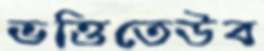
ভত্তিতেউব